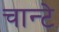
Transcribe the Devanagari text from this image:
चान्टे